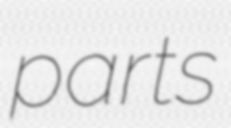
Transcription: parts